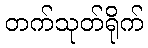
တက်သုတ်ရိုက်